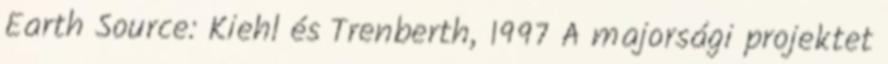
Earth Source: Kiehl és Trenberth, 1997 A majorsági projektet